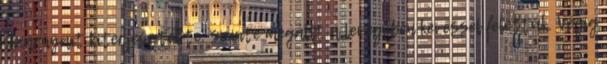
Szárnyait kiterjesztette, szinte megállt a levegőben kevéssel felettük. Végig